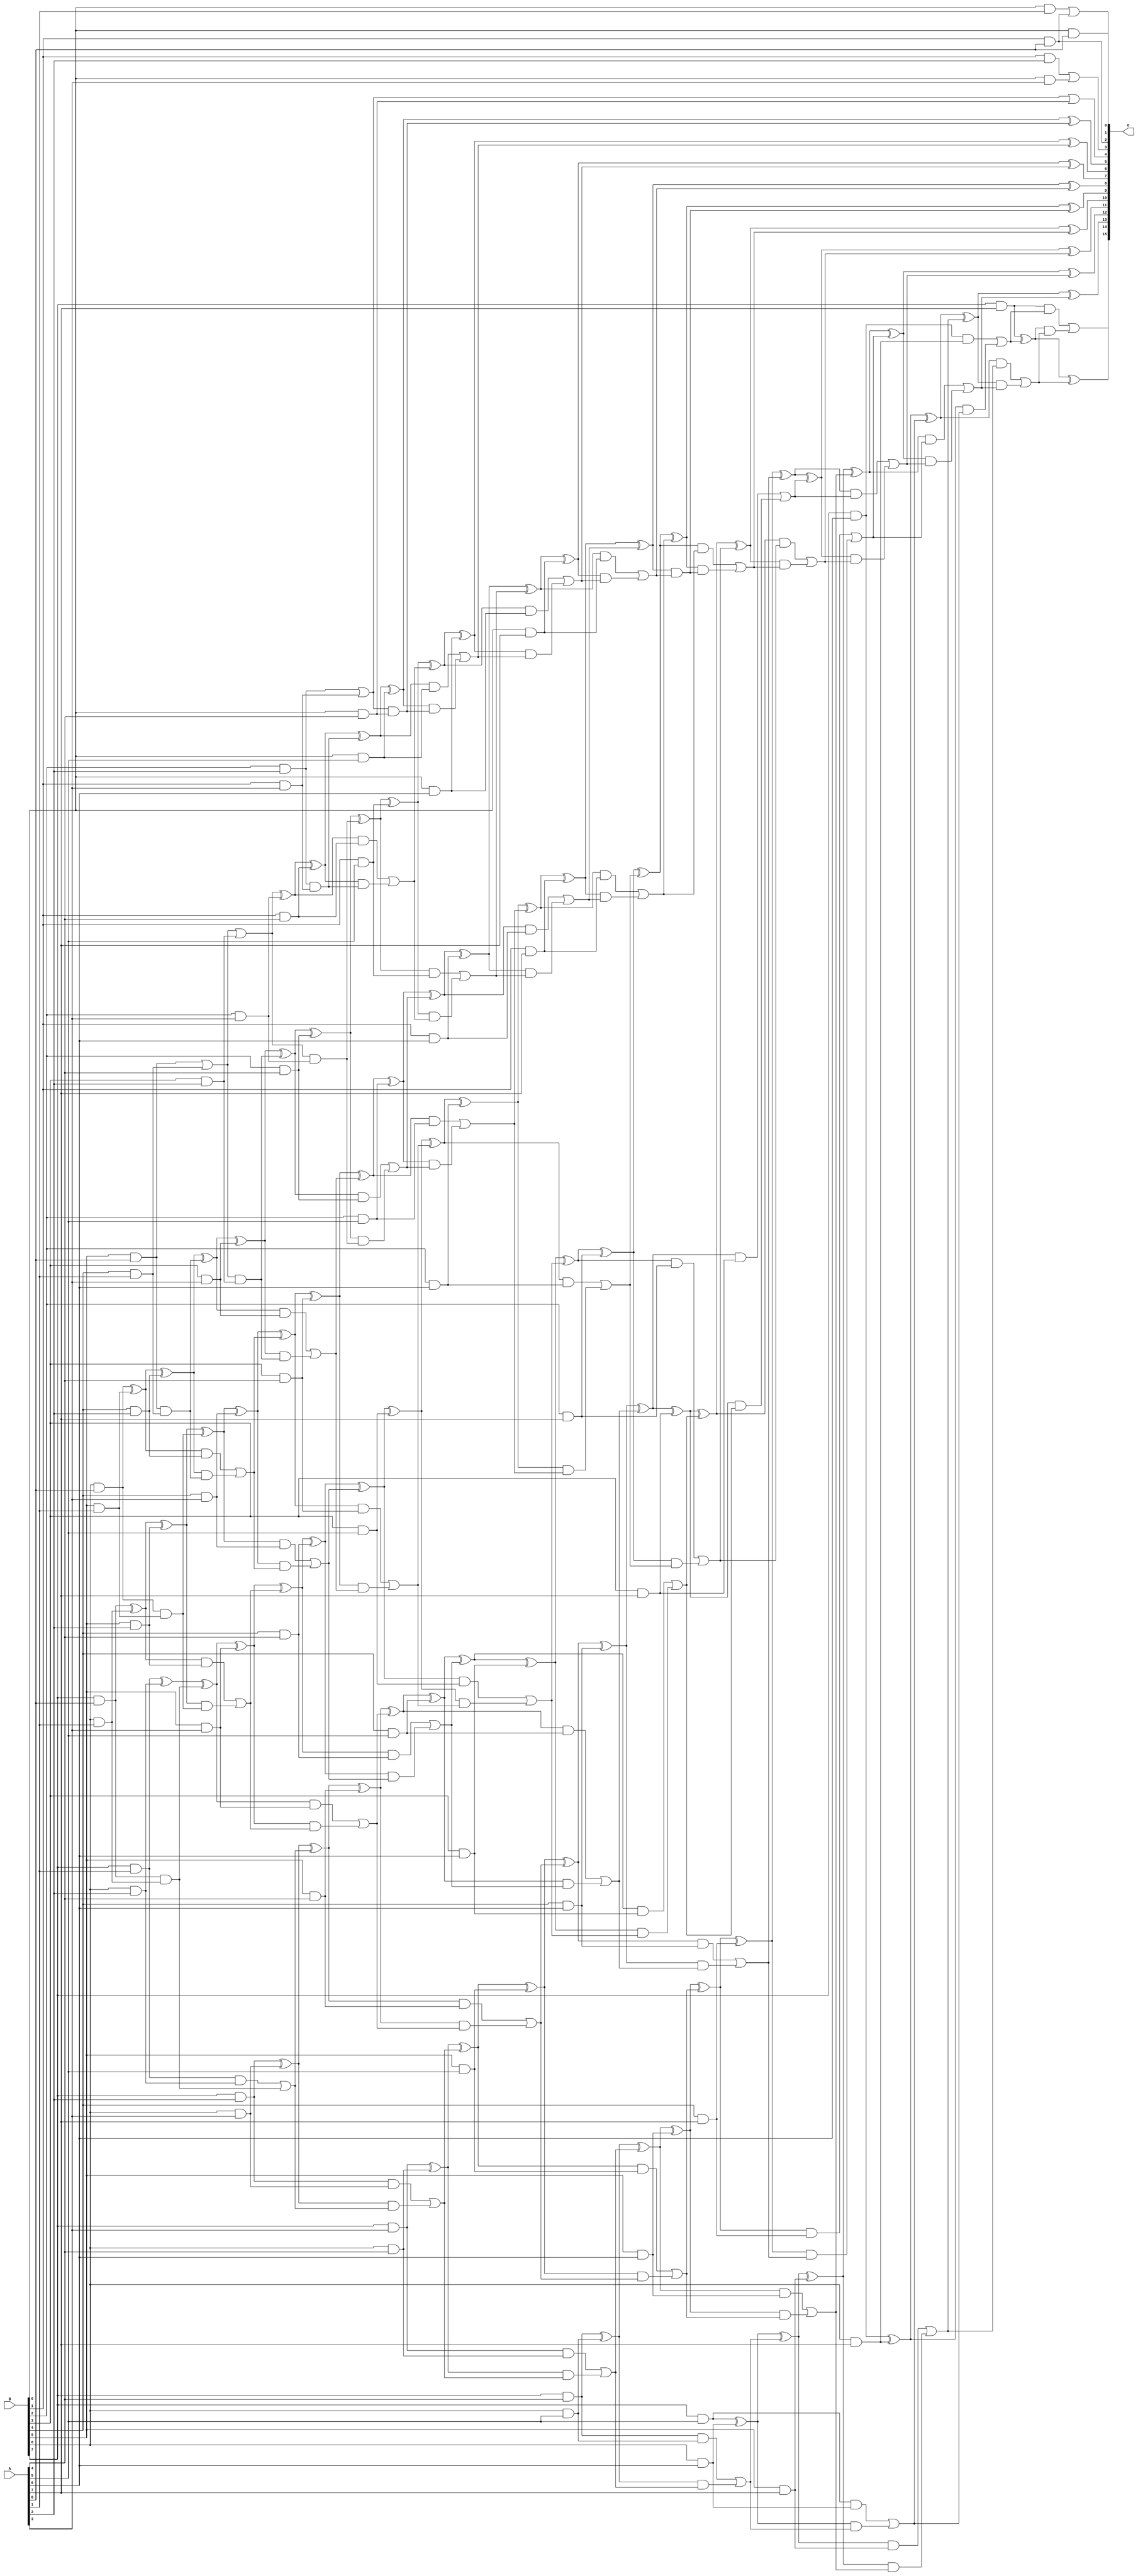
/***
* This code is a part of EvoApproxLib library (ehw.fit.vutbr.cz/approxlib) distributed under The MIT License.
* When used, please cite the following article(s): V. Mrazek, R. Hrbacek, Z. Vasicek and L. Sekanina, "EvoApprox8b: Library of approximate adders and multipliers for circuit design and benchmarking of approximation methods". Design, Automation & Test in Europe Conference & Exhibition (DATE), 2017, Lausanne, 2017, pp. 258-261. doi: 10.23919/DATE.2017.7926993 
* This file contains a circuit from a sub-set of pareto optimal circuits with respect to the pwr and mse parameters
***/
// MAE% = 0.017 %
// MAE = 11 
// WCE% = 0.082 %
// WCE = 54 
// WCRE% = 200.00 %
// EP% = 74.80 %
// MRE% = 0.51 %
// MSE = 241 
// PDK45_PWR = 0.344 mW
// PDK45_AREA = 624.2 um2
// PDK45_DELAY = 1.40 ns

module mul8u_QJD (
    A,
    B,
    O
);

input [7:0] A;
input [7:0] B;
output [15:0] O;

wire sig_16,sig_17,sig_18,sig_21,sig_22,sig_23,sig_28,sig_29,sig_30,sig_31,sig_32,sig_40,sig_41,sig_42,sig_43,sig_44,sig_45,sig_47,sig_49,sig_50;
wire sig_51,sig_52,sig_53,sig_67,sig_69,sig_70,sig_74,sig_75,sig_76,sig_77,sig_78,sig_79,sig_80,sig_81,sig_82,sig_83,sig_84,sig_85,sig_87,sig_88;
wire sig_89,sig_90,sig_91,sig_92,sig_93,sig_94,sig_95,sig_96,sig_97,sig_102,sig_103,sig_107,sig_108,sig_112,sig_113,sig_114,sig_115,sig_116,sig_117,sig_118;
wire sig_119,sig_120,sig_121,sig_122,sig_123,sig_124,sig_125,sig_126,sig_127,sig_128,sig_129,sig_130,sig_131,sig_132,sig_133,sig_134,sig_135,sig_136,sig_137,sig_138;
wire sig_139,sig_140,sig_141,sig_145,sig_146,sig_147,sig_148,sig_149,sig_150,sig_151,sig_152,sig_153,sig_154,sig_155,sig_156,sig_157,sig_158,sig_159,sig_160,sig_161;
wire sig_162,sig_163,sig_164,sig_165,sig_166,sig_167,sig_168,sig_169,sig_170,sig_171,sig_172,sig_173,sig_174,sig_175,sig_176,sig_177,sig_178,sig_179,sig_180,sig_181;
wire sig_182,sig_183,sig_184,sig_185,sig_186,sig_187,sig_188,sig_189,sig_190,sig_191,sig_192,sig_193,sig_194,sig_195,sig_196,sig_197,sig_198,sig_199,sig_200,sig_201;
wire sig_202,sig_203,sig_204,sig_205,sig_206,sig_207,sig_208,sig_209,sig_210,sig_211,sig_212,sig_213,sig_214,sig_215,sig_216,sig_217,sig_218,sig_219,sig_220,sig_221;
wire sig_222,sig_223,sig_224,sig_225,sig_226,sig_227,sig_228,sig_229,sig_230,sig_231,sig_232,sig_233,sig_234,sig_235,sig_236,sig_237,sig_238,sig_239,sig_240,sig_241;
wire sig_242,sig_243,sig_244,sig_245,sig_246,sig_247,sig_248,sig_249,sig_250,sig_251,sig_252,sig_253,sig_254,sig_255,sig_256,sig_257,sig_258,sig_259,sig_260,sig_261;
wire sig_262,sig_263,sig_264,sig_265,sig_266,sig_267,sig_268,sig_269,sig_270,sig_271,sig_272,sig_273,sig_274,sig_275,sig_276,sig_277,sig_278,sig_279,sig_280,sig_281;
wire sig_282,sig_283,sig_284,sig_285,sig_286,sig_287,sig_288,sig_289,sig_290,sig_291,sig_292,sig_293,sig_294,sig_295,sig_296,sig_297,sig_298,sig_299,sig_300,sig_301;
wire sig_302,sig_303,sig_304,sig_305,sig_306,sig_307,sig_308,sig_309,sig_310,sig_311,sig_312,sig_313,sig_314,sig_315,sig_316,sig_317,sig_318,sig_319,sig_320,sig_321;
wire sig_322,sig_323,sig_324,sig_325,sig_326,sig_327,sig_328,sig_329,sig_330,sig_331,sig_332,sig_333,sig_334,sig_335;

assign sig_16 = B[0] & A[0];
assign sig_17 = B[1] & A[0];
assign sig_18 = B[0] & A[1];
assign sig_21 = B[5] & A[0];
assign sig_22 = B[6] & A[0];
assign sig_23 = B[7] & A[0];
assign sig_28 = B[4] & A[1];
assign sig_29 = B[5] & A[1];
assign sig_30 = B[6] & A[1];
assign sig_31 = B[7] & A[1];
assign sig_32 = sig_18 | sig_17;
assign sig_40 = sig_21 | sig_28;
assign sig_41 = sig_21 & sig_28;
assign sig_42 = sig_22 ^ sig_29;
assign sig_43 = sig_22 & sig_29;
assign sig_44 = sig_23 ^ sig_30;
assign sig_45 = sig_23 & sig_30;
assign sig_47 = B[1] & A[2];
assign sig_49 = B[3] & A[2];
assign sig_50 = B[4] & A[2];
assign sig_51 = B[5] & A[2];
assign sig_52 = B[6] & A[2];
assign sig_53 = B[7] & A[2];
assign sig_67 = B[2] & A[2];
assign sig_69 = sig_40 | sig_49;
assign sig_70 = sig_40 & sig_49;
assign sig_74 = sig_42 ^ sig_50;
assign sig_75 = sig_42 & sig_50;
assign sig_76 = sig_74 & sig_41;
assign sig_77 = sig_74 ^ sig_41;
assign sig_78 = sig_75 | sig_76;
assign sig_79 = sig_44 ^ sig_51;
assign sig_80 = sig_44 & sig_51;
assign sig_81 = sig_79 & sig_43;
assign sig_82 = sig_79 ^ sig_43;
assign sig_83 = sig_80 | sig_81;
assign sig_84 = sig_31 ^ sig_52;
assign sig_85 = sig_31 & sig_52;
assign sig_87 = sig_84 ^ sig_45;
assign sig_88 = sig_85 | sig_45;
assign sig_89 = B[0] & A[3];
assign sig_90 = B[1] & A[3];
assign sig_91 = B[2] & A[3];
assign sig_92 = B[3] & A[3];
assign sig_93 = B[4] & A[3];
assign sig_94 = B[5] & A[3];
assign sig_95 = B[6] & A[3];
assign sig_96 = B[7] & A[3];
assign sig_97 = sig_47 | sig_89;
assign sig_102 = sig_67 | sig_90;
assign sig_103 = sig_67 & sig_90;
assign sig_107 = sig_69 ^ sig_91;
assign sig_108 = sig_69 & sig_91;
assign sig_112 = sig_77 ^ sig_92;
assign sig_113 = sig_77 & sig_92;
assign sig_114 = sig_112 & sig_70;
assign sig_115 = sig_112 ^ sig_70;
assign sig_116 = sig_113 | sig_114;
assign sig_117 = sig_82 ^ sig_93;
assign sig_118 = sig_82 & sig_93;
assign sig_119 = sig_117 & sig_78;
assign sig_120 = sig_117 ^ sig_78;
assign sig_121 = sig_118 | sig_119;
assign sig_122 = sig_87 ^ sig_94;
assign sig_123 = sig_87 & sig_94;
assign sig_124 = sig_122 & sig_83;
assign sig_125 = sig_122 ^ sig_83;
assign sig_126 = sig_123 | sig_124;
assign sig_127 = sig_53 ^ sig_95;
assign sig_128 = sig_53 & sig_95;
assign sig_129 = sig_127 & sig_88;
assign sig_130 = sig_127 ^ sig_88;
assign sig_131 = sig_128 | sig_129;
assign sig_132 = B[0] & A[4];
assign sig_133 = B[1] & A[4];
assign sig_134 = B[2] & A[4];
assign sig_135 = B[3] & A[4];
assign sig_136 = B[4] & A[4];
assign sig_137 = B[5] & A[4];
assign sig_138 = B[6] & A[4];
assign sig_139 = B[7] & A[4];
assign sig_140 = sig_102 | sig_132;
assign sig_141 = sig_102 & sig_132;
assign sig_145 = sig_107 ^ sig_133;
assign sig_146 = sig_107 & sig_133;
assign sig_147 = sig_145 & sig_103;
assign sig_148 = sig_145 ^ sig_103;
assign sig_149 = sig_146 | sig_147;
assign sig_150 = sig_115 ^ sig_134;
assign sig_151 = sig_115 & sig_134;
assign sig_152 = sig_150 & sig_108;
assign sig_153 = sig_150 ^ sig_108;
assign sig_154 = sig_151 | sig_152;
assign sig_155 = sig_120 ^ sig_135;
assign sig_156 = sig_120 & sig_135;
assign sig_157 = sig_155 & sig_116;
assign sig_158 = sig_155 ^ sig_116;
assign sig_159 = sig_156 | sig_157;
assign sig_160 = sig_125 ^ sig_136;
assign sig_161 = sig_125 & sig_136;
assign sig_162 = sig_160 & sig_121;
assign sig_163 = sig_160 ^ sig_121;
assign sig_164 = sig_161 | sig_162;
assign sig_165 = sig_130 ^ sig_137;
assign sig_166 = sig_130 & sig_137;
assign sig_167 = sig_165 & sig_126;
assign sig_168 = sig_165 ^ sig_126;
assign sig_169 = sig_166 | sig_167;
assign sig_170 = sig_96 ^ sig_138;
assign sig_171 = sig_96 & sig_138;
assign sig_172 = sig_170 & sig_131;
assign sig_173 = sig_170 ^ sig_131;
assign sig_174 = sig_171 | sig_172;
assign sig_175 = B[0] & A[5];
assign sig_176 = B[1] & A[5];
assign sig_177 = B[2] & A[5];
assign sig_178 = B[3] & A[5];
assign sig_179 = B[4] & A[5];
assign sig_180 = B[5] & A[5];
assign sig_181 = B[6] & A[5];
assign sig_182 = B[7] & A[5];
assign sig_183 = sig_148 ^ sig_175;
assign sig_184 = sig_148 & sig_175;
assign sig_185 = sig_183 & sig_141;
assign sig_186 = sig_183 ^ sig_141;
assign sig_187 = sig_184 | sig_185;
assign sig_188 = sig_153 ^ sig_176;
assign sig_189 = sig_153 & sig_176;
assign sig_190 = sig_188 & sig_149;
assign sig_191 = sig_188 ^ sig_149;
assign sig_192 = sig_189 | sig_190;
assign sig_193 = sig_158 ^ sig_177;
assign sig_194 = sig_158 & sig_177;
assign sig_195 = sig_193 & sig_154;
assign sig_196 = sig_193 ^ sig_154;
assign sig_197 = sig_194 | sig_195;
assign sig_198 = sig_163 ^ sig_178;
assign sig_199 = sig_163 & sig_178;
assign sig_200 = sig_198 & sig_159;
assign sig_201 = sig_198 ^ sig_159;
assign sig_202 = sig_199 | sig_200;
assign sig_203 = sig_168 ^ sig_179;
assign sig_204 = sig_168 & sig_179;
assign sig_205 = sig_203 & sig_164;
assign sig_206 = sig_203 ^ sig_164;
assign sig_207 = sig_204 | sig_205;
assign sig_208 = sig_173 ^ sig_180;
assign sig_209 = sig_173 & sig_180;
assign sig_210 = sig_208 & sig_169;
assign sig_211 = sig_208 ^ sig_169;
assign sig_212 = sig_209 | sig_210;
assign sig_213 = sig_139 ^ sig_181;
assign sig_214 = sig_139 & sig_181;
assign sig_215 = sig_213 & sig_174;
assign sig_216 = sig_213 ^ sig_174;
assign sig_217 = sig_214 | sig_215;
assign sig_218 = B[0] & A[6];
assign sig_219 = B[1] & A[6];
assign sig_220 = B[2] & A[6];
assign sig_221 = B[3] & A[6];
assign sig_222 = B[4] & A[6];
assign sig_223 = B[5] & A[6];
assign sig_224 = B[6] & A[6];
assign sig_225 = B[7] & A[6];
assign sig_226 = sig_191 ^ sig_218;
assign sig_227 = sig_191 & sig_218;
assign sig_228 = sig_226 & sig_187;
assign sig_229 = sig_226 ^ sig_187;
assign sig_230 = sig_227 | sig_228;
assign sig_231 = sig_196 ^ sig_219;
assign sig_232 = sig_196 & sig_219;
assign sig_233 = sig_231 & sig_192;
assign sig_234 = sig_231 ^ sig_192;
assign sig_235 = sig_232 | sig_233;
assign sig_236 = sig_201 ^ sig_220;
assign sig_237 = sig_201 & sig_220;
assign sig_238 = sig_236 & sig_197;
assign sig_239 = sig_236 ^ sig_197;
assign sig_240 = sig_237 | sig_238;
assign sig_241 = sig_206 ^ sig_221;
assign sig_242 = sig_206 & sig_221;
assign sig_243 = sig_241 & sig_202;
assign sig_244 = sig_241 ^ sig_202;
assign sig_245 = sig_242 | sig_243;
assign sig_246 = sig_211 ^ sig_222;
assign sig_247 = sig_211 & sig_222;
assign sig_248 = sig_246 & sig_207;
assign sig_249 = sig_246 ^ sig_207;
assign sig_250 = sig_247 | sig_248;
assign sig_251 = sig_216 ^ sig_223;
assign sig_252 = sig_216 & sig_223;
assign sig_253 = sig_251 & sig_212;
assign sig_254 = sig_251 ^ sig_212;
assign sig_255 = sig_252 | sig_253;
assign sig_256 = sig_182 ^ sig_224;
assign sig_257 = sig_182 & sig_224;
assign sig_258 = sig_256 & sig_217;
assign sig_259 = sig_256 ^ sig_217;
assign sig_260 = sig_257 | sig_258;
assign sig_261 = B[0] & A[7];
assign sig_262 = B[1] & A[7];
assign sig_263 = B[2] & A[7];
assign sig_264 = B[3] & A[7];
assign sig_265 = B[4] & A[7];
assign sig_266 = B[5] & A[7];
assign sig_267 = B[6] & A[7];
assign sig_268 = B[7] & A[7];
assign sig_269 = sig_234 ^ sig_261;
assign sig_270 = sig_234 & sig_261;
assign sig_271 = sig_269 & sig_230;
assign sig_272 = sig_269 ^ sig_230;
assign sig_273 = sig_270 | sig_271;
assign sig_274 = sig_239 ^ sig_262;
assign sig_275 = sig_239 & sig_262;
assign sig_276 = sig_274 & sig_235;
assign sig_277 = sig_274 ^ sig_235;
assign sig_278 = sig_275 | sig_276;
assign sig_279 = sig_244 ^ sig_263;
assign sig_280 = sig_244 & sig_263;
assign sig_281 = sig_279 & sig_240;
assign sig_282 = sig_279 ^ sig_240;
assign sig_283 = sig_280 | sig_281;
assign sig_284 = sig_249 ^ sig_264;
assign sig_285 = sig_249 & sig_264;
assign sig_286 = sig_284 & sig_245;
assign sig_287 = sig_284 ^ sig_245;
assign sig_288 = sig_285 | sig_286;
assign sig_289 = sig_254 ^ sig_265;
assign sig_290 = sig_254 & sig_265;
assign sig_291 = sig_289 & sig_250;
assign sig_292 = sig_289 ^ sig_250;
assign sig_293 = sig_290 | sig_291;
assign sig_294 = sig_259 ^ sig_266;
assign sig_295 = sig_259 & sig_266;
assign sig_296 = sig_294 & sig_255;
assign sig_297 = sig_294 ^ sig_255;
assign sig_298 = sig_295 | sig_296;
assign sig_299 = sig_225 ^ sig_267;
assign sig_300 = sig_225 & sig_267;
assign sig_301 = sig_299 & sig_260;
assign sig_302 = sig_299 ^ sig_260;
assign sig_303 = sig_300 | sig_301;
assign sig_304 = sig_277 ^ sig_273;
assign sig_305 = sig_277 & sig_273;
assign sig_306 = sig_282 ^ sig_278;
assign sig_307 = sig_282 & sig_278;
assign sig_308 = sig_306 & sig_305;
assign sig_309 = sig_306 ^ sig_305;
assign sig_310 = sig_307 | sig_308;
assign sig_311 = sig_287 ^ sig_283;
assign sig_312 = sig_287 & sig_283;
assign sig_313 = sig_311 & sig_310;
assign sig_314 = sig_311 ^ sig_310;
assign sig_315 = sig_312 | sig_313;
assign sig_316 = sig_292 ^ sig_288;
assign sig_317 = sig_292 & sig_288;
assign sig_318 = sig_316 & sig_315;
assign sig_319 = sig_316 ^ sig_315;
assign sig_320 = sig_317 | sig_318;
assign sig_321 = sig_297 ^ sig_293;
assign sig_322 = sig_297 & sig_293;
assign sig_323 = sig_321 & sig_320;
assign sig_324 = sig_321 ^ sig_320;
assign sig_325 = sig_322 | sig_323;
assign sig_326 = sig_302 ^ sig_298;
assign sig_327 = sig_302 & sig_298;
assign sig_328 = sig_326 & sig_325;
assign sig_329 = sig_326 ^ sig_325;
assign sig_330 = sig_327 | sig_328;
assign sig_331 = sig_268 ^ sig_303;
assign sig_332 = sig_268 & sig_303;
assign sig_333 = sig_331 & sig_330;
assign sig_334 = sig_331 ^ sig_330;
assign sig_335 = sig_332 | sig_333;

assign O[15] = sig_335;
assign O[14] = sig_334;
assign O[13] = sig_329;
assign O[12] = sig_324;
assign O[11] = sig_319;
assign O[10] = sig_314;
assign O[9] = sig_309;
assign O[8] = sig_304;
assign O[7] = sig_272;
assign O[6] = sig_229;
assign O[5] = sig_186;
assign O[4] = sig_140;
assign O[3] = sig_97;
assign O[2] = sig_17;
assign O[1] = sig_32;
assign O[0] = sig_16;

endmodule